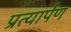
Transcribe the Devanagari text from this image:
प्रत्‍यार्पण